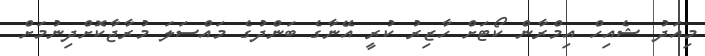
މިއަދު ޝެއިހް އިމްރާން ކޯޓަށް ހާޒިރު ކުރީ އޭނާގެ ބަންދުގެ މައްސަލަ މުރާޖާކޮށްދިނުމަށް